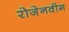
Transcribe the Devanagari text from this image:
रोजेनवीग